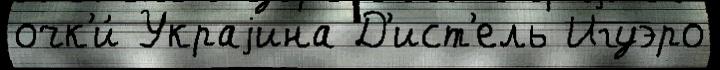
очк'и́ Украjина Д'ист'ель Игуэро